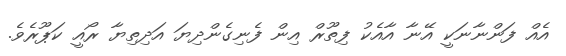
އެއް ފަންނާނަކީ އޭނާ އާއެކު ފިތޫރް އިން ފެނިގެންދިޔަ އަދިތިޔާ ރޯއީ ކަޕޫރެވެ.